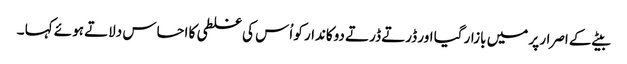
بیٹے کے اصرار پر میں بازار گیا اور ڈرتے ڈرتے دوکاندار کو اُس کی غلطی کا احساس دلاتے ہوئے کہا ۔